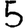
Digit: 5